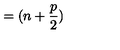
= ( n + \frac p 2 )